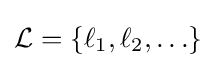
{\mathcal {L}}=\{\ell _{1},\ell _{2},\ldots \}